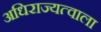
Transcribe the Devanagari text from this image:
अधिराज्यत्वाला